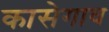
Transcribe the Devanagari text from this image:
कासेगाव